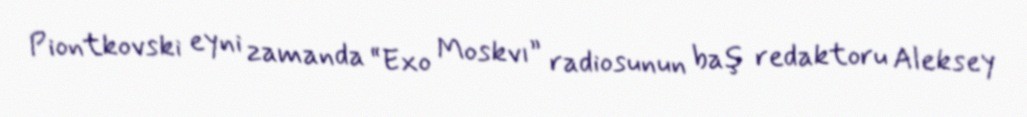
Piontkovski eyni zamanda “Exo Moskvı” radiosunun baş redaktoru Aleksey